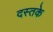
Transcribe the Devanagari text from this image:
दस्तके